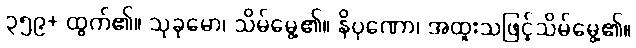
၃၅၉+ ထွက်၏။ သုခုမော၊ သိမ်မွေ့၏။ နိပုဏော၊ အထူးသဖြင့်သိမ်မွေ့၏။